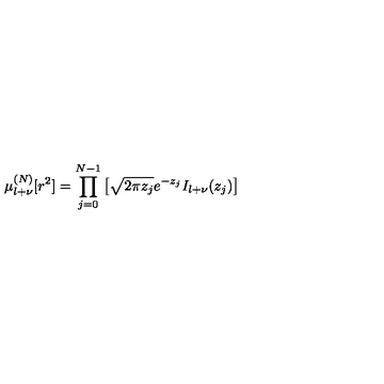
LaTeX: \mu _ { l + \nu } ^ { ( N ) } [ r ^ { 2 } ] = \prod _ { j = 0 } ^ { N - 1 } \left[ \sqrt { 2 \pi z _ { j } } e ^ { - z _ { j } } I _ { l + \nu } ( z _ { j } ) \right]